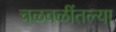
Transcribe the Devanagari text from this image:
चळवळींतल्या